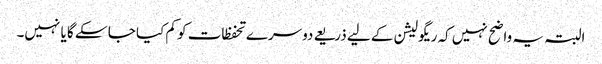
البتہ یہ واضح نہیں کہ ریگولیشن کے لیے ذریعے دوسرے تحفظات کو کم کیا جا سکے گا یا نہیں۔